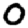
Digit: 0